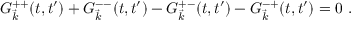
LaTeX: G _ { \vec { k } } ^ { + + } ( t , t ^ { \prime } ) + G _ { \vec { k } } ^ { -- } ( t , t ^ { \prime } ) - G _ { \vec { k } } ^ { + - } ( t , t ^ { \prime } ) - G _ { \vec { k } } ^ { - + } ( t , t ^ { \prime } ) = 0 ~ .